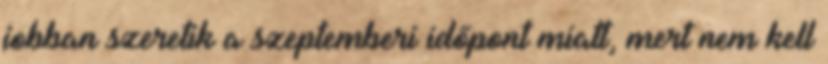
jobban szeretik a szeptemberi időpont miatt, mert nem kell